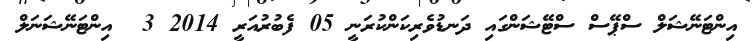
އިންޓަނޭޝަލް ސްޕޭސް ސްޓޭޝަންގައި ދަނޑުވެރިކަންކުރަނީ 05 ފެބުރުއަރީ 2014 3  އިންޓަނޭޝަނަލް